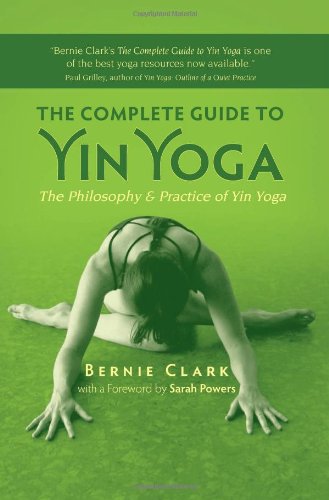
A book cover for The Complete Guide to Yin Yoga: The Philosophy and Practice of Yin Yoga; Bernie Clark; Health, Fitness & Dieting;